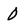
Character: 0